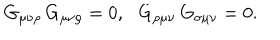
G _ { \mu \nu \rho } \, G _ { \mu \nu \rho } = 0 , \, \, \, \, G _ { \rho \mu \nu } \, G _ { \sigma \mu \nu } = 0 .